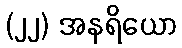
(၂၂) အနရိယော